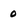
Character: o